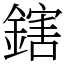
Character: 鎋